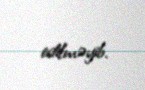
edilməyib.